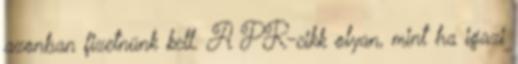
azonban fizetnünk kell. A PR-cikk olyan, mint ha igazi